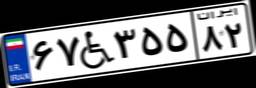
۶۷W۳۵۵۸۲